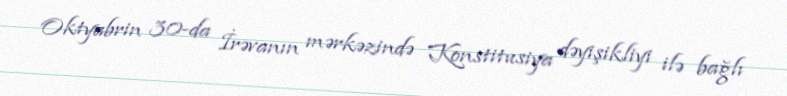
Oktyabrin 30-da İrəvanın mərkəzində Konstitusiya dəyişikliyi ilə bağlı